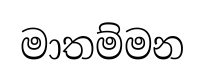
මාතම්මන